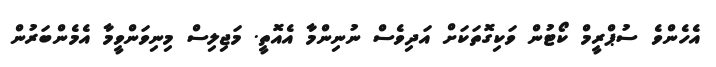
އެހެންވެ ސުޕްރީމް ކޯޓުން ވަކިގޮތަކަށް އަދިވެސް ނުނިންމާ އެއޮތީ. މަޖިިލިސް މިނިވަންވީމާ އެމެންބަރުން